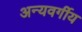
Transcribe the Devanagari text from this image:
अन्यवर्गीय